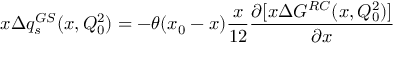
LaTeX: x \Delta q _ { s } ^ { G S } ( x , Q _ { 0 } ^ { 2 } ) = - \theta ( x _ { 0 } - x ) \frac { x } { 1 2 } \frac { \partial [ x \Delta G ^ { R C } ( x , Q _ { 0 } ^ { 2 } ) ] } { \partial x }